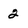
Character: 2